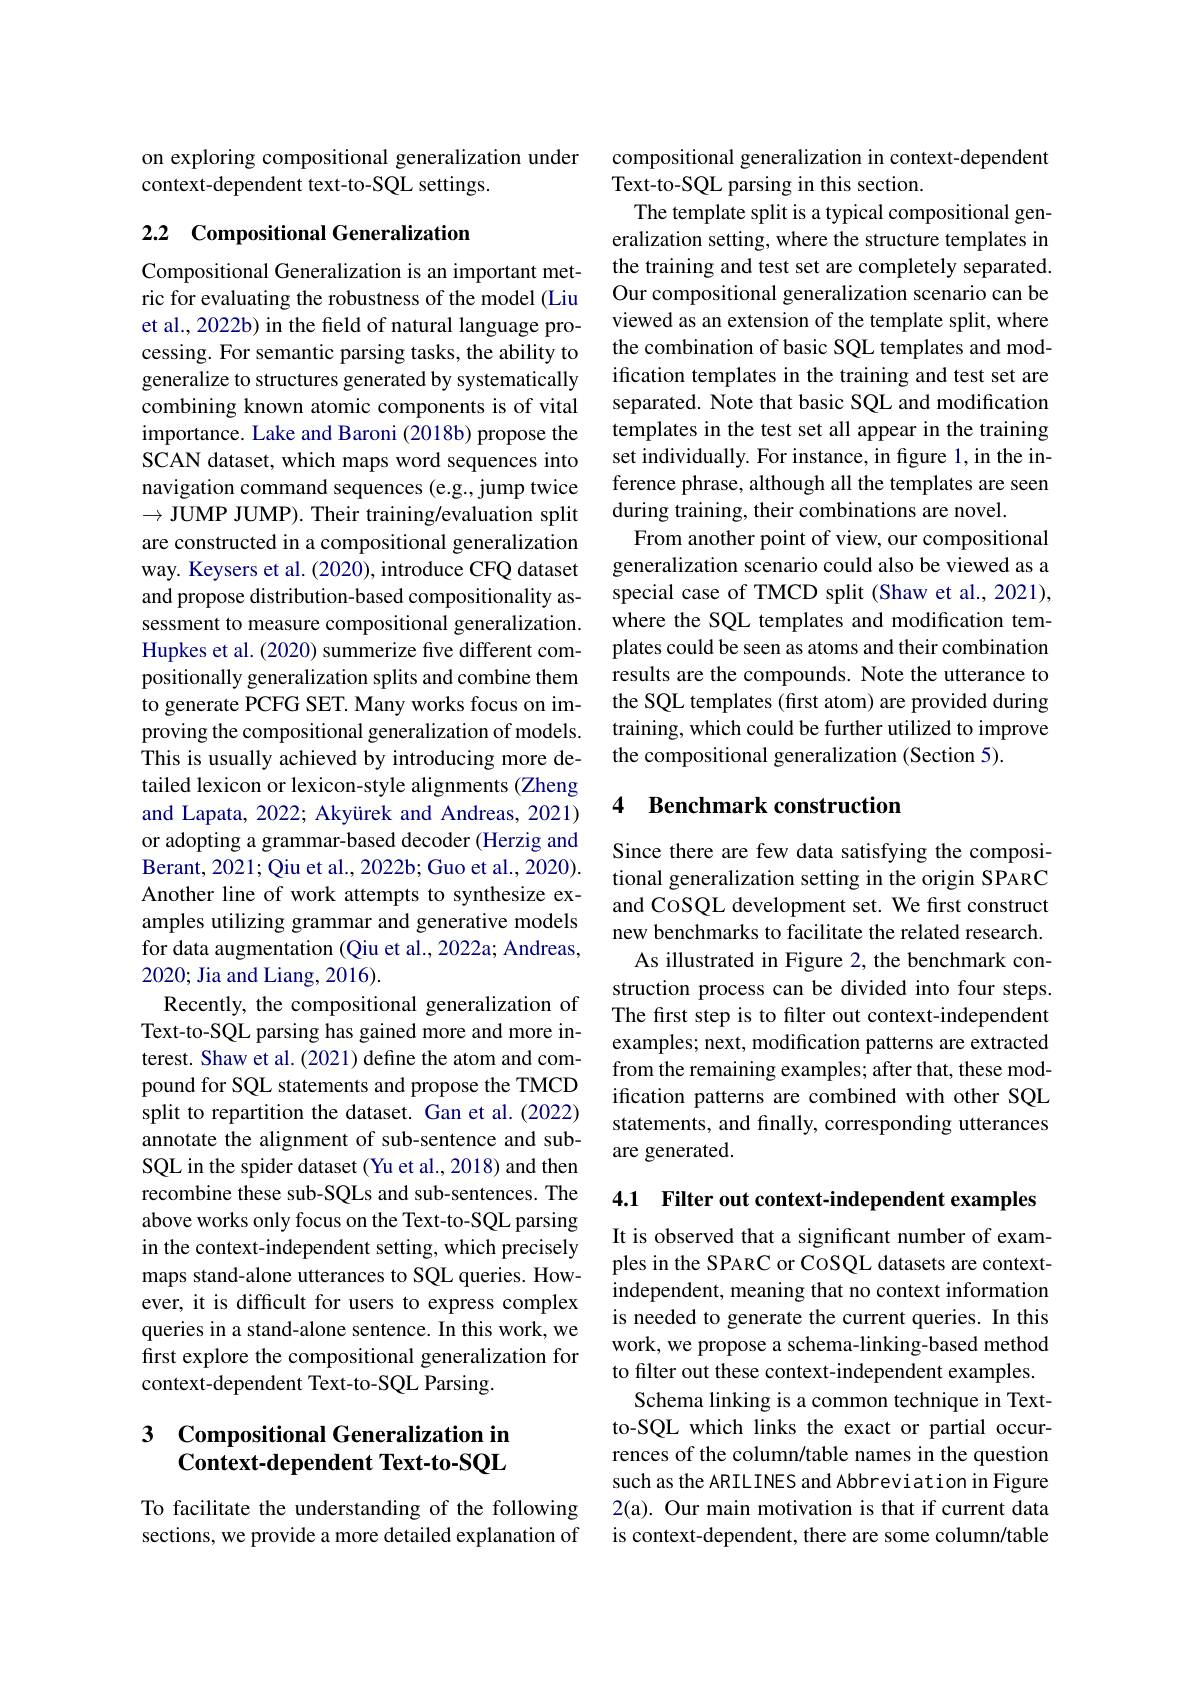
on exploring compositional generalization under
context-dependent text-to-SQL settings.

# 2.2 Compositional Generalization

Compositional Generalization is an important metric for evaluating the robustness of the model (Liu et al., 2022b) in the field of natural language processing. For semantic parsing tasks, the ability to generalize to structures generated by systematically combining known atomic components is of vital importance. Lake and Baroni (2018b) propose the SCAN dataset, which maps word sequences into navigation command sequences (e.g., jump twice $\to$JUMP JUMP). Their training/evaluation split are constructed in a compositional generalization way. Keysers et al. (2020), introduce CFQ dataset and propose distribution-based compositionality assessment to measure compositional generalization. Hupkes et al. (2020) summerize five different compositionally generalization splits and combine them to generate PCFG SET. Many works focus on improving the compositional generalization of models. This is usually achieved by introducing more detailed lexicon or lexicon-style alignments (Zheng and Lapata, 2022; Akyürek and Andreas, 2021) or adopting a grammar-based decoder (Herzig and Berant, 2021; Qiu et al. , 2022b; Guo et al. , 2020) . Another line of work attempts to synthesize examples utilizing grammar and generative models for data augmentation (Qiu et al., 2022a; Andreas, 2020; Jia and Liang, 2016).
Recently, the compositional generalization of Text-to-SQL parsing has gained more and more interest. Shaw et al. (2021) define the atom and compound for SQL statements and propose the TMCD split to repartition the dataset. Gan et al.(2022) annotate the alignment of sub-sentence and subSQL in the spider dataset (Yu et al., 2018) and then recombine these sub-SQLs and sub-sentences. The above works only focus on the Text-to-SQL parsing in the context-independent setting, which precisely maps stand-alone utterances to SQL queries. However, it is difficult for users to express complex queries in a stand-alone sentence. In this work, we first explore the compositional generalization for context-dependent Text-to-SQL Parsing.

### 3 $\textbf{Compositional Generalization in}$ Context-dependent Text-to-SQL

To facilitate the understanding of the following sections, we provide a more detailed explanation of

compositional generalization in context-dependent
Text-to-SQL parsing in this section.
The template split is a typical compositional generalization setting, where the structure templates in the training and test set are completely separated. Our compositional generalization scenario can be viewed as an extension of the template split, where the combination of basic SQL templates and modification templates in the training and test set are separated. Note that basic SQL and modification templates in the test set all appear in the training set individually. For instance, in figure 1, in the inference phrase, although all the templates are seen during training, their combinations are novel.
From another point of view, our compositional generalization scenario could also be viewed as a special case of TMCD split (Shaw et al., 2021), where the SQL templates and modification templates could be seen as atoms and their combination results are the compounds. Note the utterance to the SQL templates (first atom) are provided during training, which could be further utilized to improve the compositional generalization (Section 5).

### 4 Benchmark construction

Since there are few data satisfying the compositional generalization setting in the origin SPARC and CoSQL development set. We first construct new benchmarks to facilitate the related research. As illustrated in Figure 2, the benchmark construction process can be divided into four steps. The first step is to filter out context-independent examples; next, modification patterns are extracted from the remaining examples; after that, these modification patterns are combined with other SQL statements, and finally, corresponding utterances are generated.

4.1 Filter out context-independent examples

It is observed that a significant number of examples in the SPARC or CoSQL datasets are contextindependent, meaning that no context information is needed to generate the current queries. In this work, we propose a schema-linking-based method to filter out these context-independent examples.
Schema linking is a common technique in Textto-SQL which links the exact or partial occurrences of the column/table names in the question such as the ARIL INES and Abbreviation in Figure 2(a). Our main motivation is that if current data is context-dependent, there are some column/table